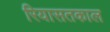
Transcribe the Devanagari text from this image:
रियासतकाल